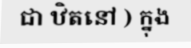
ជា ឋិតនៅ ) ក្នុង